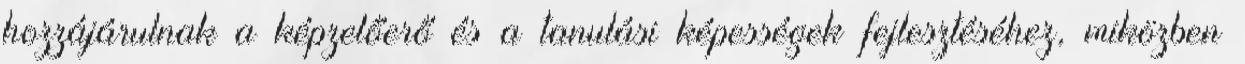
hozzájárulnak a képzelőerő és a tanulási képességek fejlesztéséhez, miközben